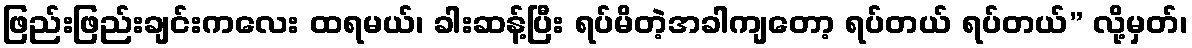
ဖြည်းဖြည်းချင်းကလေး ထရမယ်၊ ခါးဆန့်ပြီး ရပ်မိတဲ့အခါကျတော့ ရပ်တယ် ရပ်တယ်” လို့မှတ်၊